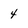
Character: 4